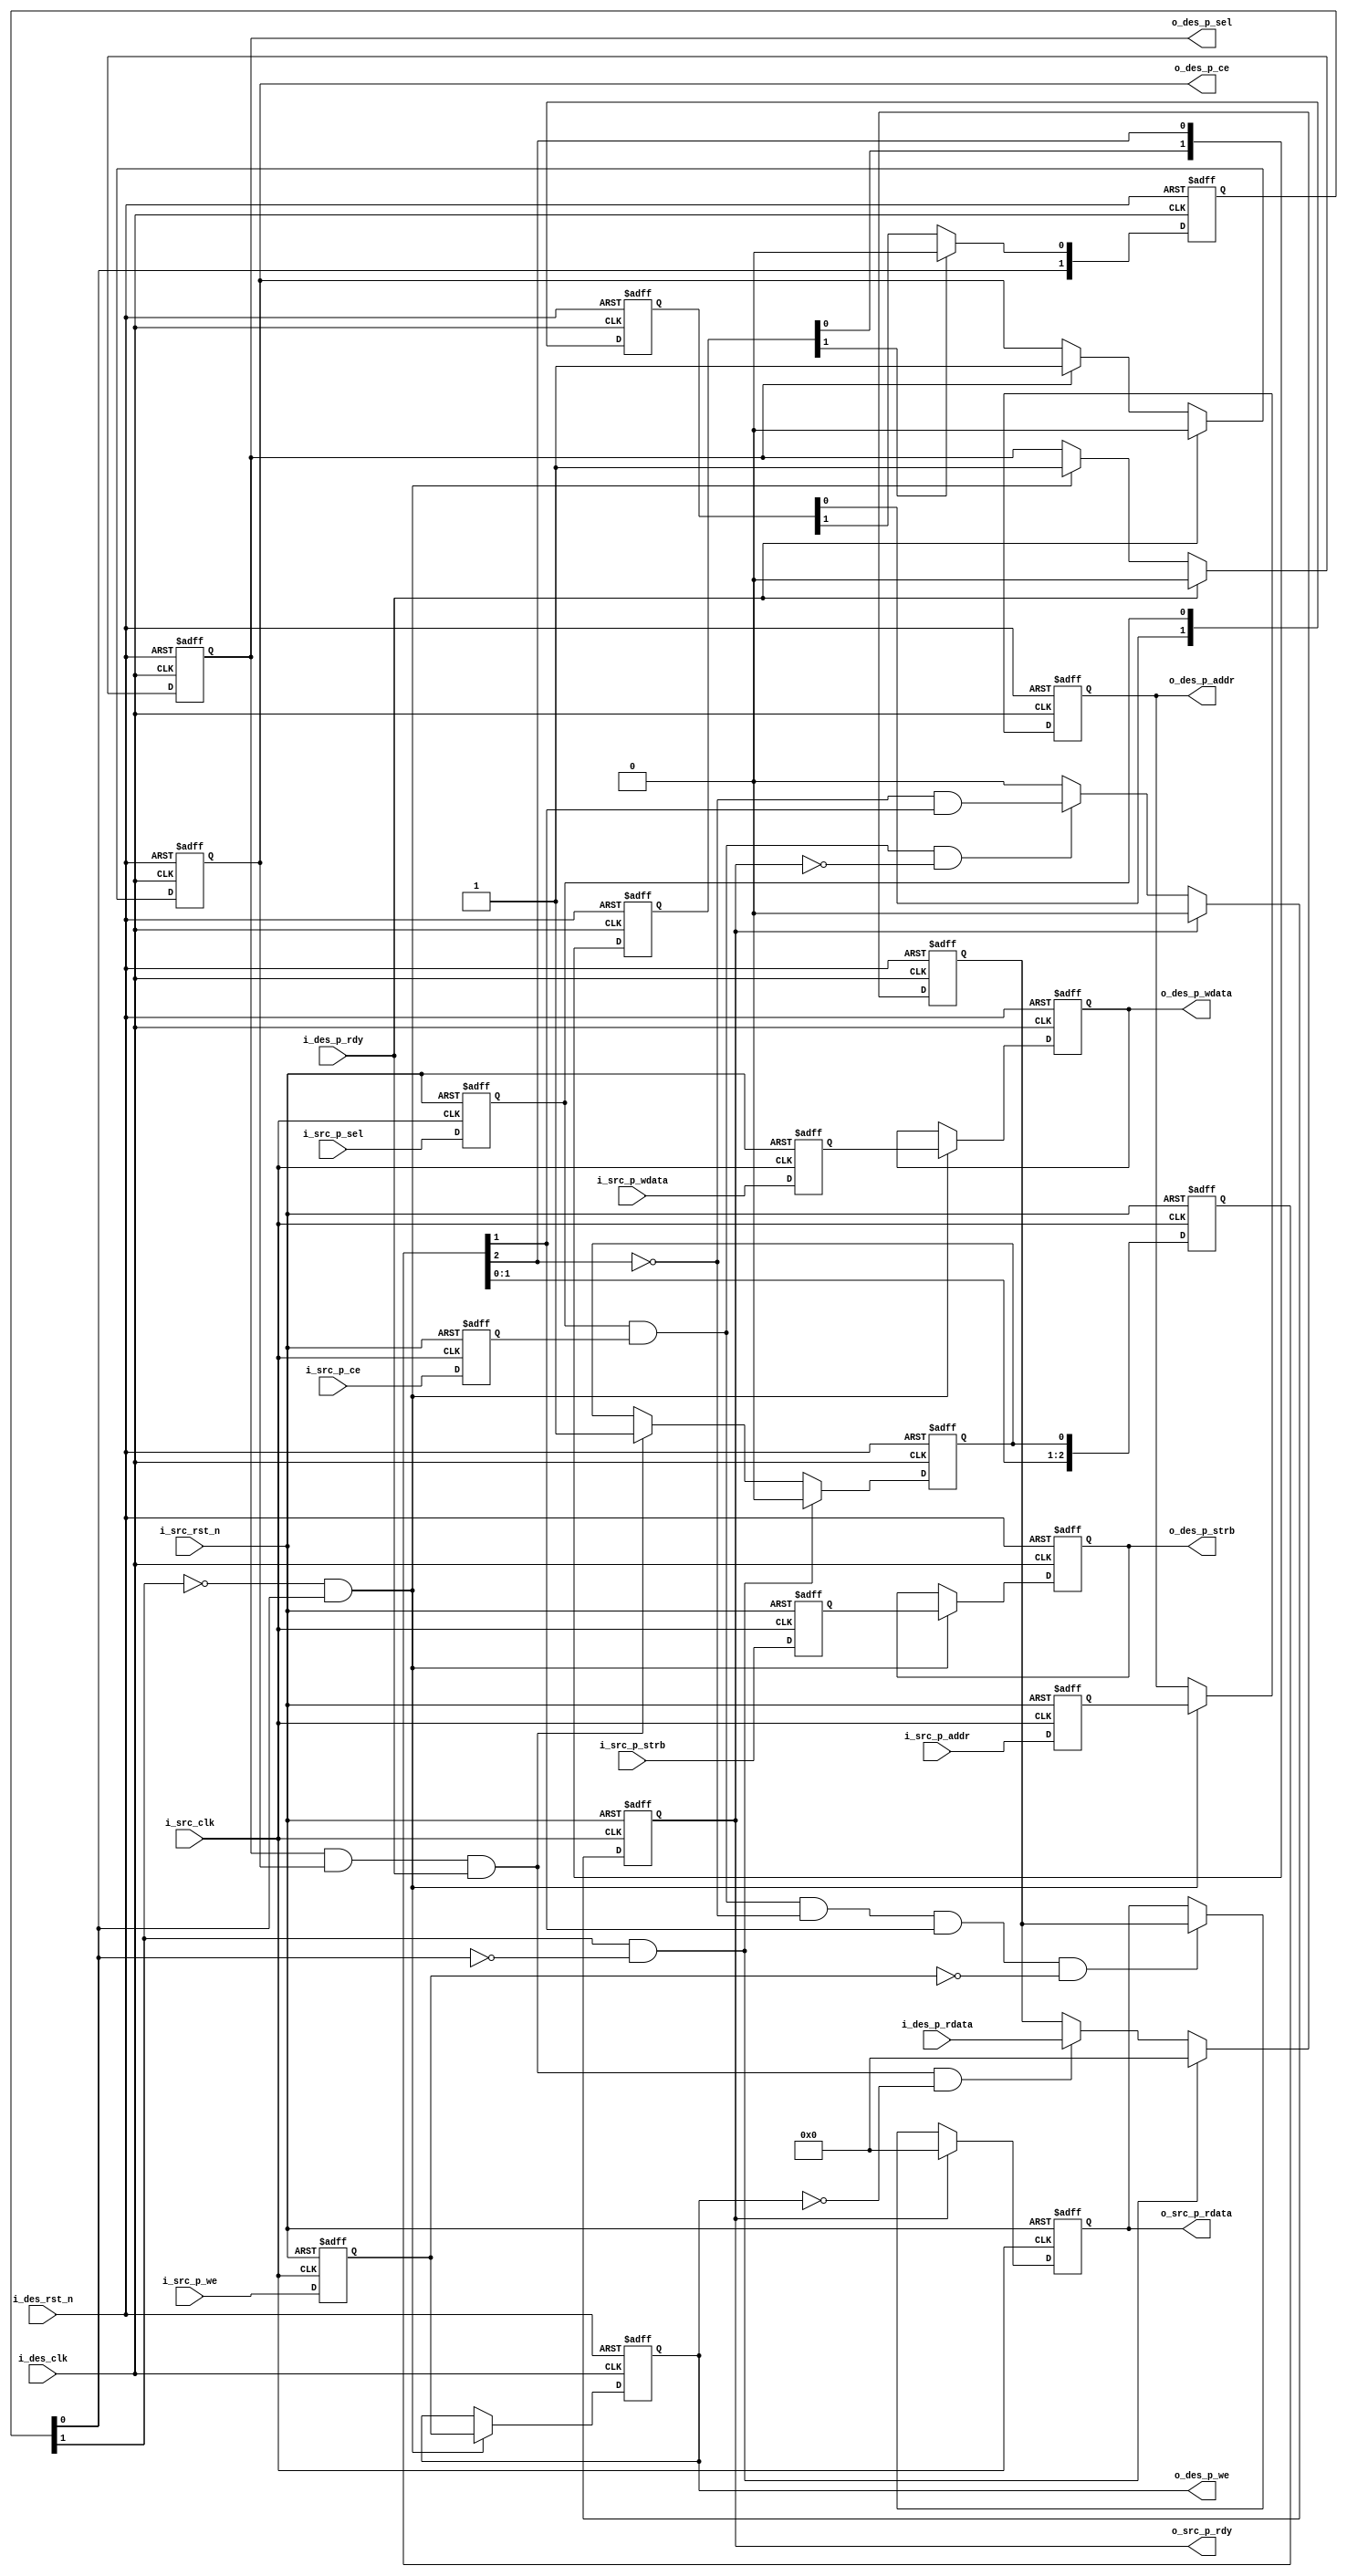
//////////////////////////////////////////////////////////////////////////////
//
// Copyright (c) 2019 PANGO MICROSYSTEMS, INC
// ALL RIGHTS REVERVED.
//
// THE SOURCE CODE CONTAINED HEREIN IS PROPRIETARY TO PANGO MICROSYSTEMS, INC.
// IT SHALL NOT BE REPRODUCED OR DISCLOSED IN WHOLE OR IN PART OR USED BY
// PARTIES WITHOUT WRITTEN AUTHORIZATION FROM THE OWNER.
//
//////////////////////////////////////////////////////////////////////////////
module ipsl_pcie_apb_cross_v1_0 (
    //from src domain
    input               i_src_clk       ,
    input               i_src_rst_n     ,
    input               i_src_p_sel     ,
    input       [3:0]   i_src_p_strb    ,
    input       [15:0]  i_src_p_addr    ,
    input       [31:0]  i_src_p_wdata   ,
    input               i_src_p_ce      ,
    input               i_src_p_we      ,
    output  reg         o_src_p_rdy     ,
    output  reg [31:0]  o_src_p_rdata   ,
    //to target domain
    input               i_des_clk       ,
    input               i_des_rst_n     ,
    output  reg         o_des_p_sel     ,
    output  reg [3:0]   o_des_p_strb    ,
    output  reg [15:0]  o_des_p_addr    ,
    output  reg [31:0]  o_des_p_wdata   ,
    output  reg         o_des_p_ce      ,
    output  reg         o_des_p_we      ,
    input               i_des_p_rdy     ,
    input       [31:0]  i_des_p_rdata
);

reg             src_p_sel;
reg     [3:0]   src_p_strb;
reg     [15:0]  src_p_addr;
reg     [31:0]  src_p_wdata;
reg             src_p_ce;
reg             src_p_we;

reg     [2:0]   src_dly;
reg     [1:0]   des_dly;
reg     [1:0]   sync_src_p_sel;
reg     [1:0]   sync_src_dly;
wire            des_apb_start;
wire            des_apb_end;
reg             des_p_rdy_hold;
reg     [31:0]  des_p_rdata_hold;
//---------------------------------------------src domain-----------------------------------------------
always@(posedge i_src_clk or negedge i_src_rst_n)
begin
    if(!i_src_rst_n)
        src_p_sel <= 1'b0;
    else
        src_p_sel <= i_src_p_sel;
end

always@(posedge i_src_clk or negedge i_src_rst_n)
begin
    if(!i_src_rst_n)
        src_p_strb <= 4'b0;
    else
        src_p_strb <= i_src_p_strb;
end

always@(posedge i_src_clk or negedge i_src_rst_n)
begin
    if(!i_src_rst_n)
        src_p_addr <= 16'b0;
    else
        src_p_addr <= i_src_p_addr;
end

always@(posedge i_src_clk or negedge i_src_rst_n)
begin
    if(!i_src_rst_n)
        src_p_wdata <= 32'b0;
    else
        src_p_wdata <= i_src_p_wdata;
end

always@(posedge i_src_clk or negedge i_src_rst_n)
begin
    if(!i_src_rst_n)
        src_p_ce <= 1'b0;
    else
        src_p_ce <= i_src_p_ce;
end

always@(posedge i_src_clk or negedge i_src_rst_n)
begin
    if(!i_src_rst_n)
        src_p_we <= 1'b0;
    else
        src_p_we <= i_src_p_we;
end

always@(posedge i_src_clk or negedge i_src_rst_n)
begin
    if(!i_src_rst_n)
        src_dly <= 3'b0;
    else
        src_dly <= {src_dly[1:0],des_p_rdy_hold};
end

always@(posedge i_src_clk or negedge i_src_rst_n)
begin
    if(!i_src_rst_n)
        o_src_p_rdy <= 1'b0;
    else if(o_src_p_rdy)
        o_src_p_rdy <= 1'b0;
    else if(src_p_sel & src_p_ce & ~o_src_p_rdy)
        o_src_p_rdy <= ~src_dly[2] & src_dly[1];
end

always@(posedge i_src_clk or negedge i_src_rst_n)
begin
    if(!i_src_rst_n)
        o_src_p_rdata <= 32'b0;
    else if(o_src_p_rdy)
        o_src_p_rdata <= 32'b0;
    else if(src_p_sel & src_p_ce & ~src_dly[2] & src_dly[1] & ~src_p_we)
        o_src_p_rdata <= des_p_rdata_hold;
end


//---------------------------------------------des domain-----------------------------------------------
always@(posedge i_des_clk or negedge i_des_rst_n)
begin
    if(!i_des_rst_n)
        sync_src_p_sel <= 2'b0;
    else
        sync_src_p_sel <= {sync_src_p_sel[0],src_p_sel};
end

always@(posedge i_des_clk or negedge i_des_rst_n)
begin
    if(!i_des_rst_n)
        sync_src_dly <= 2'b0;
    else
        sync_src_dly <= {sync_src_dly[0],src_dly[2]};
end

always@(posedge i_des_clk or negedge i_des_rst_n)
begin
    if(!i_des_rst_n)
        des_dly <= 2'b0;
    else if(sync_src_dly[1])
        des_dly <= {des_dly[0],1'b0};
    else
        des_dly <= {des_dly[0],sync_src_p_sel[1]};
end

assign des_apb_start = ~des_dly[1] &  des_dly[0];
assign des_apb_end   =  des_dly[1] & ~des_dly[0];

//get apb information
always@(posedge i_des_clk or negedge i_des_rst_n)
begin
    if(!i_des_rst_n)
        o_des_p_addr <= 16'b0;
    else if(des_apb_start)
        o_des_p_addr <= src_p_addr;
end

always@(posedge i_des_clk or negedge i_des_rst_n)
begin
    if(!i_des_rst_n)
        o_des_p_strb <= 4'b0;
    else if(des_apb_start)
        o_des_p_strb <= src_p_strb;
end

always@(posedge i_des_clk or negedge i_des_rst_n)
begin
    if(!i_des_rst_n)
        o_des_p_wdata <= 32'b0;
    else if(des_apb_start)
        o_des_p_wdata <= src_p_wdata;
end

always@(posedge i_des_clk or negedge i_des_rst_n)
begin
    if(!i_des_rst_n)
        o_des_p_we <= 1'b0;
    else if(des_apb_start)
        o_des_p_we <= src_p_we;
end

always@(posedge i_des_clk or negedge i_des_rst_n)
begin
    if(!i_des_rst_n)
        o_des_p_sel <= 1'b0;
    else if(i_des_p_rdy)
        o_des_p_sel <= 1'b0;
    else if(des_apb_start)
        o_des_p_sel <= 1'b1;
end

always@(posedge i_des_clk or negedge i_des_rst_n)
begin
    if(!i_des_rst_n)
        o_des_p_ce <= 1'b0;
    else if(i_des_p_rdy)
        o_des_p_ce <= 1'b0;
    else if(o_des_p_sel)
        o_des_p_ce <= 1'b1;
end

always@(posedge i_des_clk or negedge i_des_rst_n)
begin
    if(!i_des_rst_n)
        des_p_rdy_hold <= 1'b0;
    else if(des_apb_end)
        des_p_rdy_hold <= 1'b0;
    else if(o_des_p_sel & o_des_p_ce & i_des_p_rdy )
        des_p_rdy_hold <= 1'b1;
end

always@(posedge i_des_clk or negedge i_des_rst_n)
begin
    if(!i_des_rst_n)
        des_p_rdata_hold <= 32'b0;
    else if(des_apb_end)
        des_p_rdata_hold <= 32'b0;
    else if(o_des_p_sel & o_des_p_ce & i_des_p_rdy & ~o_des_p_we)
        des_p_rdata_hold <= i_des_p_rdata;
end

endmodule